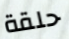
حلقة